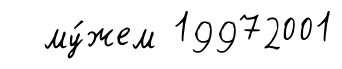
му́жем 19972001